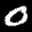
Label: 0